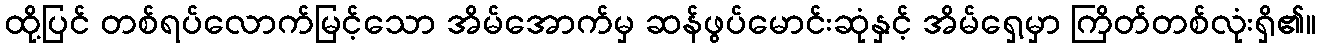
ထို့ပြင် တစ်ရပ်လောက်မြင့်သော အိမ်အောက်မှ ဆန်ဖွပ်မောင်းဆုံနှင့် အိမ်ရှေ့မှာ ကြိတ်တစ်လုံးရှိ၏။